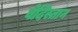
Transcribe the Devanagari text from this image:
वेदिस्तान